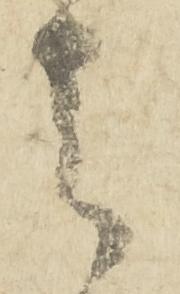
者